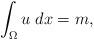
LaTeX: \begin{align*}\int_\Omega u \; dx = m, \end{align*}